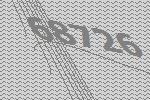
68726